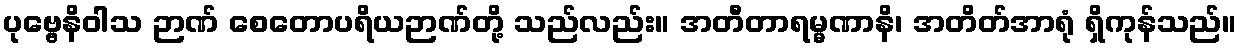
ပုဗ္ဗေနိဝါသ ဉာဏ် စေတောပရိယဉာဏ်တို့ သည်လည်း။ အတီတာရမ္မဏာနိ၊ အတိတ်အာရုံ ရှိကုန်သည်။